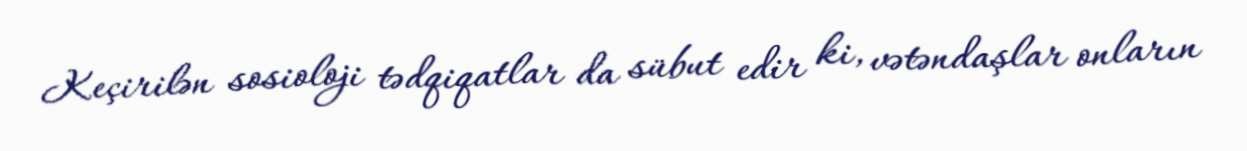
Keçirilən sosioloji tədqiqatlar da sübut edir ki, vətəndaşlar onların